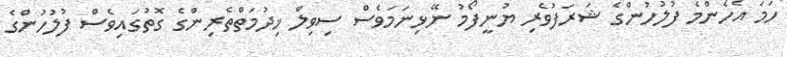
ހަމަ އެހެންމެ ފުލުހުންގެ ޝަރަފުވެރި ޔުނީފޯމު ނޭޅިނަމަވެސް ސިވިލް ޚިދުމަތްތެރިންގެ ގޮތުގައިވެސް ފުލުހުންގެ